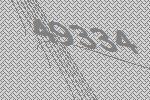
49334